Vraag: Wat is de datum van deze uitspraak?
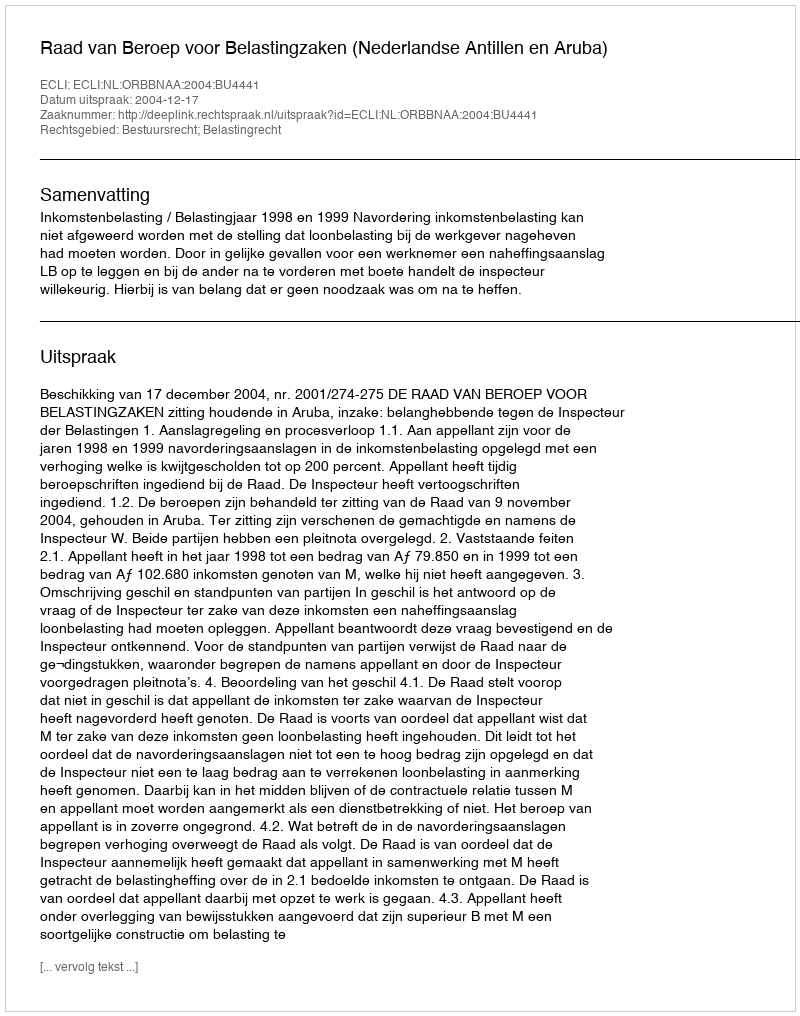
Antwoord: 2004-12-17